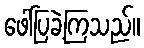
ဖေါ်ပြခဲ့ကြသည်။